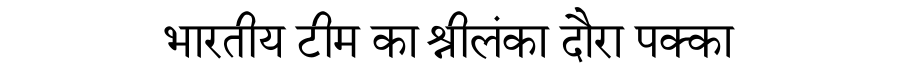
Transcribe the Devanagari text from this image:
भारतीय टीम का श्रीलंका दौरा पक्का